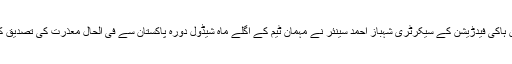
پاکستان ہاکی فیدڑیشن کے سیکرٹری شہباز احمد سینئر نے مہمان ٹیم کے اگلے ماہ شیڈول دورہ پاکستان سے فی الحال معذرت کی تصدیق کی ہے۔